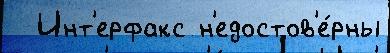
  Инт'ерфакс н'едостов'е́рны